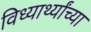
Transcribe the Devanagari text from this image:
विध्यार्थ्यांच्या